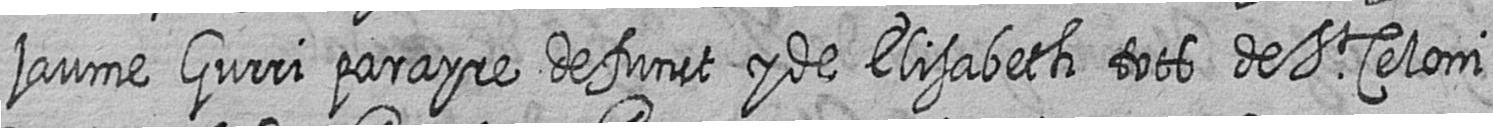
jaume Gurri parayre defunct y de Elisabeth tots de St Celoni